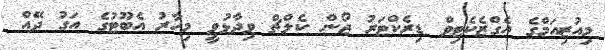
މިއުޒިއަމްގެ އެގްޒެކެޓިވް ޑިރެކްޓަރު ޖޯން ކެލްޗް ވިދާޅުވީ މިހާރު އެބޫޓުގެ އަގު ދޭއް